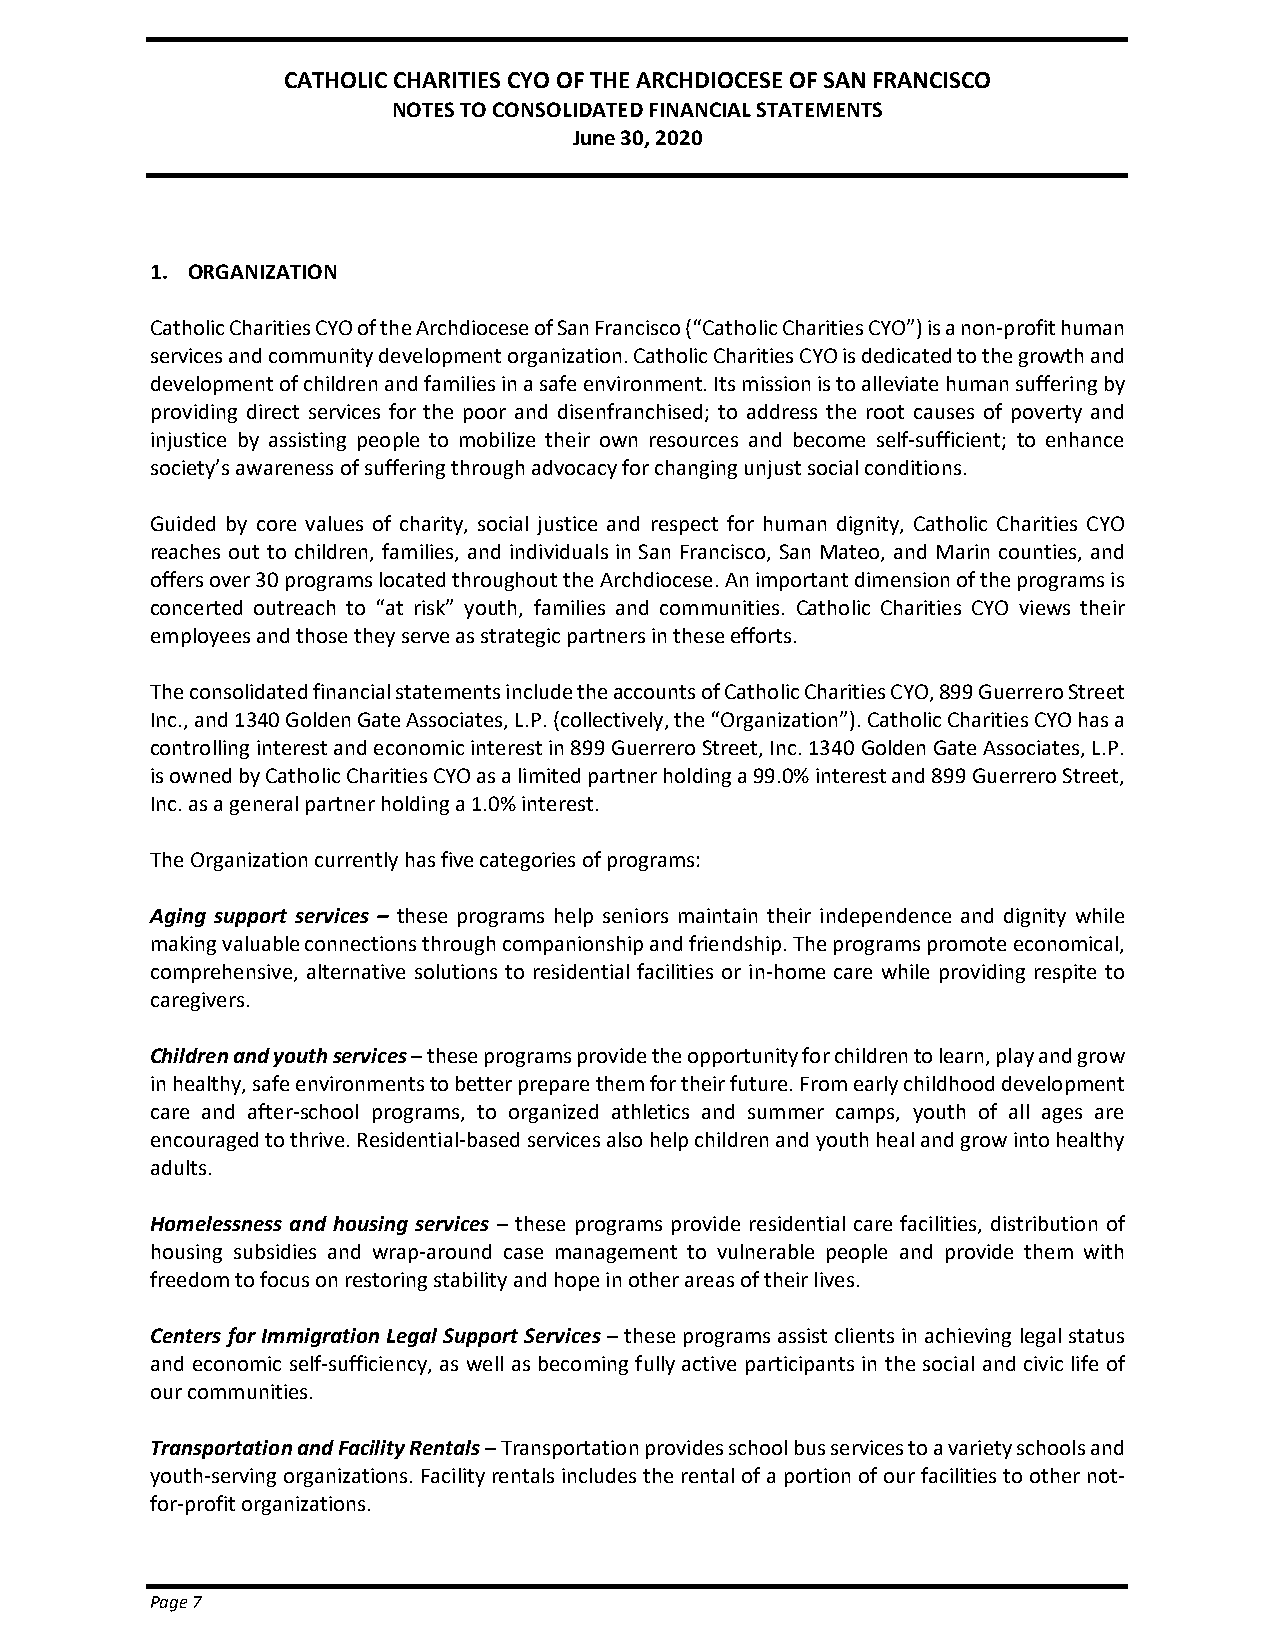
CATHOLIC CHARITIES CYO OF THE ARCHDIOCESE OF SAN FRANCISCO
 NOTES TO CONSOLIDATED FINANCIAL STATEMENTS
 June 30, 2020
 1. ORGANIZATION
 Catholic Charities CYO of the Archdiocese of San Francisco (“Catholic Charities CYO”) is a non-profit human
 services and community development organization. Catholic Charities CYO is dedicated to the growth and
 development of children and families in a safe environment. Its mission is to alleviate human suffering by
 providing direct services for the poor and disenfranchised; to address the root causes of poverty and
 injustice by assisting people to mobilize their own resources and become self-sufficient; to enhance
 society’s awareness of suffering through advocacy for changing unjust social conditions.
 Guided by core values of charity, social justice and respect for human dignity, Catholic Charities CYO
 reaches out to children, families, and individuals in San Francisco, San Mateo, and Marin counties, and
 offers over 30 programs located throughout the Archdiocese. An important dimension of the programs is
 concerted outreach to “at risk” youth, families and communities. Catholic Charities CYO views their
 employees and those they serve as strategic partners in these efforts.
 The consolidated financial statements include the accounts of Catholic Charities CYO, 899 Guerrero Street
 Inc., and 1340 Golden Gate Associates, L.P. (collectively, the “Organization”). Catholic Charities CYO has a
 controlling interest and economic interest in 899 Guerrero Street, Inc. 1340 Golden Gate Associates, L.P.
 is owned by Catholic Charities CYO as a limited partner holding a 99.0% interest and 899 Guerrero Street,
 Inc. as a general partner holding a 1.0% interest.
 The Organization currently has five categories of programs:
 Aging support services – these programs help seniors maintain their independence and dignity while
 making valuable connections through companionship and friendship. The programs promote economical,
 comprehensive, alternative solutions to residential facilities or in-home care while providing respite to
 caregivers.
 Children and youth services – these programs provide the opportunity for children to learn, play and grow
 in healthy, safe environments to better prepare them for their future. From early childhood development
 care and after-school programs, to organized athletics and summer camps, youth of all ages are
 encouraged to thrive. Residential-based services also help children and youth heal and grow into healthy
 adults.
 Homelessness and housing services – these programs provide residential care facilities, distribution of
 housing subsidies and wrap-around case management to vulnerable people and provide them with
 freedom to focus on restoring stability and hope in other areas of their lives.
 Centers for Immigration Legal Support Services – these programs assist clients in achieving legal status
 and economic self-sufficiency, as well as becoming fully active participants in the social and civic life of
 our communities.
 Transportation and Facility Rentals – Transportation provides school bus services to a variety schools and
 youth-serving organizations. Facility rentals includes the rental of a portion of our facilities to other not-
 for-profit organizations.
 Page 7